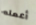
أعمله